Report on horse surra - Volume II, Part II
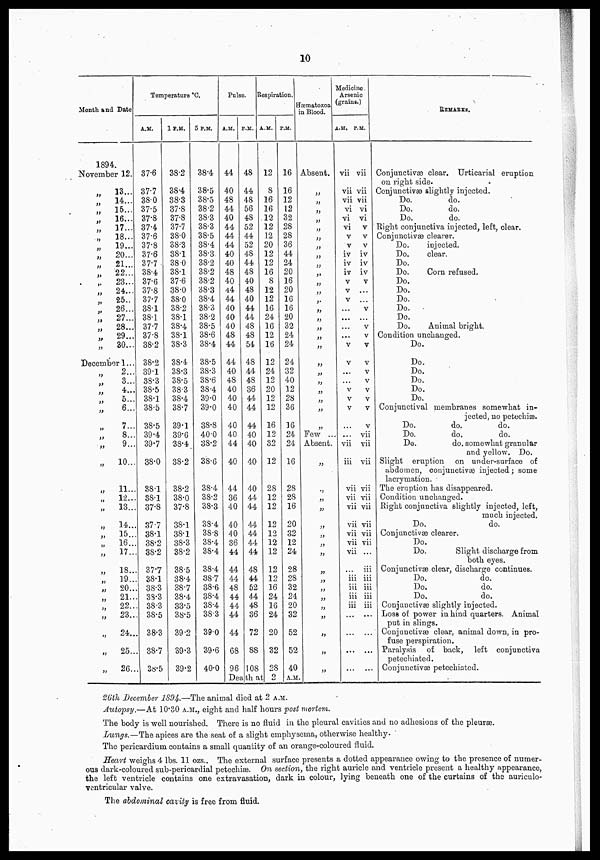
10
Month and Date
1894.
November 12.
"
"
"
"
"
"
"
"
"
"
"
"
"
"
"
"
"
"
December
"
"
"
"
"
"
"
"
"
"
'"
"
"
"
"
"
"
"
"
"
"
"
"
"
13...
14...
15...
16...
17...
18...
19...
20...
21...
22...
23...
24...
25..
26...
27...
28...
29...
30...
1...
2...
3...
4...
5...
6...
7...
8...
9...
10...
11...
12...
13...
14...
15..
16...
17..
18..
]9..
20..
21..
22..
23..
24..
25..
26..
Temperature °C.
A.M.
37.6
37.7
38.0
37.5
37.8
37.4
37.6
37.8
37.6
37.7
38.4
37.6
37.8
37.7
38.1
38.1
37.7
37.8
38.2
38.2
39.1
38.3
38.5
38.1
38.5
38.5
39.4
39.7
38.0
38.1
38.1
37.8
37.7
38.1
38.2
38.2
377
38.1
38.3
38.3
38.3
38.5
38.3
38.7
38.5
1 P.M.
38.2
38.4
38.3
37.8
37.8
37.7
38.0
38-3
38.1
380
38.1
37.6
38.0
38.0
38.2
38.1
38.4
38.1
38.3
38.4
38.3
38.5
38.3
38.4
38.7
39.1
39.6
38.4.
38.2
38.2
38.0
37.8
38.1
38.1
38.3
38.2
38.5
38.4
38.7
38.4
33.5
38.5
39.2
39.3
39.2
5 P.M.
38.4
38.5
38.5
38.2
38.3
38.3
38.5
38.4
38.3.
38.2
38.2
38.2
38.3
38.4
38.3
38.2
38.5
38.6
38.4
38.5
38.3
38.6
38.4
39.0
39.0
38.8
40.0
38.2
38.6
38.4
38.2
38.3
38.4
38.8
38.4
38.4
38.4
38.7
38.6
38.4
38.4
383
39.0
39.6
40.0
Pulse.
A.M.
44
40
48
44
40
44
44
44
40
40
48
40.
44
44
40
40
40
48
44
44
40
48
40
40
40
40
40
44
40
44
36
40
40
40
36
44
44
44
48
44
44
44
44
68
96
Death
P.M.
48
44
48
56
48
52
44
52
48
44
48
40
48
40
44
44
48
48
54
48
44
48
36
44
44
44
40
40
40
40
44
44
44
44
44
44
48
44
52
44
48
36
72
88
108
at
Respiration
A.M.
12
8
16
16
12
12
12
20
12
12
16
8
12
12
16
24
16
12
16
12
24
12
20
12
12
16
12
32
12
28
12
12
12
12
12
12
12
12
16
24
16
24
20
32
28
2
P.M.
16
16
12
12
32
28
28
36
44
24
20
16
20
16
16
20
32
24
24
24
32
40
12
28
36
16
24
24
16
28
28
16
20
32
12
24
28
28
32
24
20
32
52
52
40
A.M.
Hæmatozoa
in Blood.
Absent.
"
"
''
"
"
"
"
'
"
"
"
"
"
"
"
"
"
"
"
"
"
"
"
"
"
Few ...
Absent.
"
"
"
"
"
"
"
"
"
"
"
"
"
"
"
"
"
Medicine
Arsenic
(grains.)
A. M.
vii
vii
vii
vi
vi
vi
V
V
iv
iv
iv
V
V
V
...
...
...
...
V
V
...
...
V
V
V
...
...
vii
iii
vii
vii
vii
vii
vii
vii
vii
...
iii
iii
iii
iii
...
...
...
...
P.M.
vii
vii
vii
vi
vi
v
v
v
iv
iv
iv
V
...
...
V
...
V
V
V
V
V
V
V
V
V
V
vii
vii
vii
vii
vii
vii
vii
vii
vii
...
iii
iii
iii
iii
iii
...
...
...
...
REMARKS.
Conjunctivæ clear. Urticarial eruption
on right side.
Conjunctivas slightly injected.
Do.
do.
Do.
do.
Do.
do.
Eight conjunctiva injected, left, clear.
Conjunctivas clearer.
Do.
injected.
Do.
clear.
Do.
Do.
Corn refused.
Do.
Do.
Do.
Do.
Do.
Do.
Animal bright.
Condition unchanged.
Do.
Do.
Do.
Do.
Do.
Do.
Conjunctival membranes somewhat in-
jected, no petechias.
Do.
do.
do.
Do.
do.
do.
Do.
do. somewhat granular
and yellow. Do.
Slight eruption on under-surface of
abdomen, conjunctivæ injected; some
lacrymation.
The eruption has disappeared.
Condition unchanged.
Right conjunctiva slightly injected, left,
much injected.
Do.
do.
Conjunctivas clearer.
Do.
Do.
Slight discharge from
both eyes.
Conjunctivas clear, discharge continues.
Do.
do.
Do.
do.
Do.
do.
Conjunctivas slightly injected.
Loss of power in hind quarters. Animal
put in slings.
Conjunctivas clear, animal down, in pro-
fuse perspiration.
Paralysis of back, left conjunctiva
petechiated.
Conjunctivas petechiated.
26th December 1894.—The animal died at 2 A.M.
Autopsy.—At 10.30 A.M., eight and half hours post mortem.
The body is well nourished. There is no fluid in the pleural cavities and no adhesions of the pleurae.
Lungs.—The apices are the seat of a slight emphysema, otherwise healthy-
The pericardium contains a small quantity of an orange-coloured fluid.
Heart weighs 4 lbs. 11 ozs.. The external surface presents a dotted appearance owing to the presence of numer-
ous dark-coloured sub-pericardial petechias. On section, the right auricle and ventricle present a healthy appearance,
the left ventricle contains one extravasation, dark in colour, lying beneath one of the curtains of the auriculo-
ventricular valve.
The abdominal cavity is free from fluid.